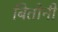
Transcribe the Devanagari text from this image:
बितोनी